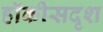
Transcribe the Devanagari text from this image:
हॉकीसदृश